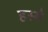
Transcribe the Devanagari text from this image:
हस्से